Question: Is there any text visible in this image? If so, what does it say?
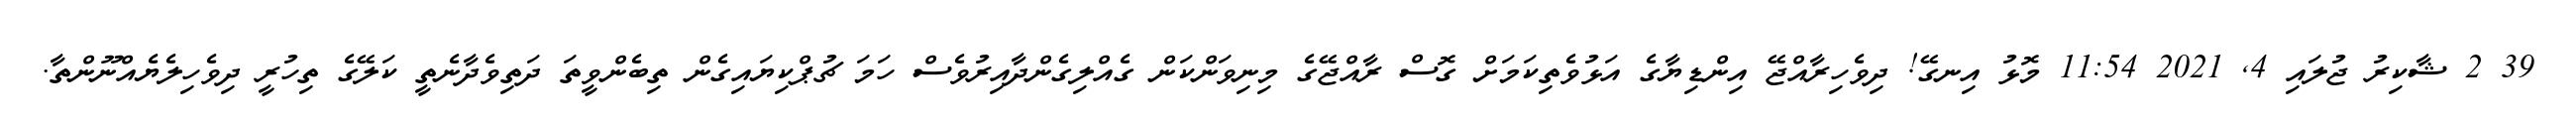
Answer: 39 2 ޝާކިރު ޖުލައި 4, 2021 11:54 މޮޅު އިނގޭ! ދިވެހިރާއްޖޭ އިންޑިޔާގެ އަޅުވެތިކަމަށް ގޮސް ރާއްޖޭގެ މިނިވަންކަން ގެއްލިގެންދާއިރުވެސް ހަމަ ޗުޕްކިޔައިގެން ތިބެންވީތަ ދަތިވެދާނެތީ ކަލޭގެ ތިހުރީ ދިވެހިލެޔެއްނޫންތާ.